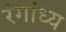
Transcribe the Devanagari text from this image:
रंगांध्य